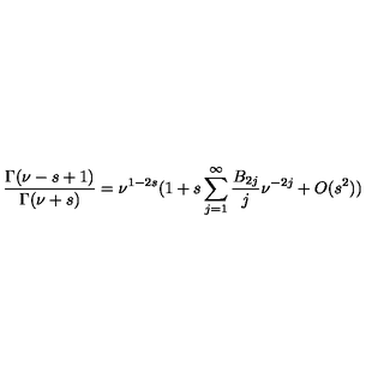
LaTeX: \frac { \Gamma ( \nu - s + 1 ) } { \Gamma ( \nu + s ) } = \nu ^ { 1 - 2 s } ( 1 + s \sum _ { j = 1 } ^ { \infty } \frac { B _ { 2 j } } { j } \nu ^ { - 2 j } + O ( s ^ { 2 } ) )